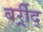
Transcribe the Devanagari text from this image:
बर्र्र्रीद्